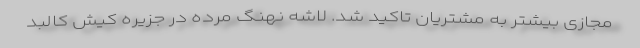
مجازی بیشتر به مشتریان تاکید شد. لاشه نهنگ مرده در جزیره کیش کالبد